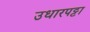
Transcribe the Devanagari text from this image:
उधारपट्टा